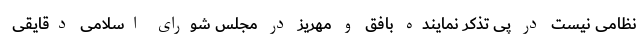
نظامی نیست در پی تذکر نماینده بافق و مهریز در مجلس شورای اسلامی دقایقی